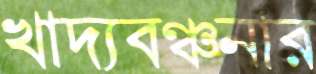
খাদ্যবঞ্চনার